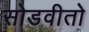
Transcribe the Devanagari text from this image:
सोडवीतो